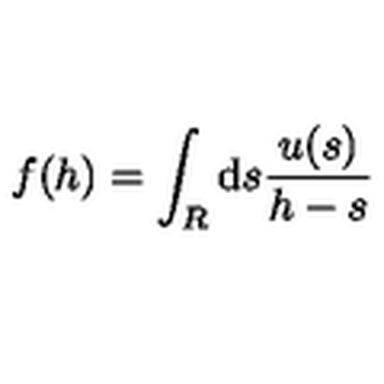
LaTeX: f ( h ) = \int _ { R } \mathrm { d } s \frac { u ( s ) } { h - s }